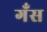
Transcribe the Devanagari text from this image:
गँस